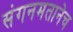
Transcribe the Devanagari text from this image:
संगनमतानेच